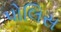
પોલિસ